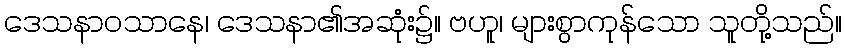
ဒေသနာဝသာနေ၊ ဒေသနာ၏အဆုံး၌။ ဗဟူ၊ များစွာကုန်သော သူတို့သည်။